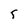
Character: 5